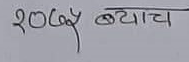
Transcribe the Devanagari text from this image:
१००८४ ब्याच